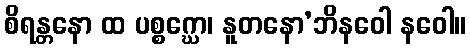
စိရန္တနော ထ ပစ္စဂ္ဃော၊ နူတနော’ဘိနဝေါ နဝေါ။